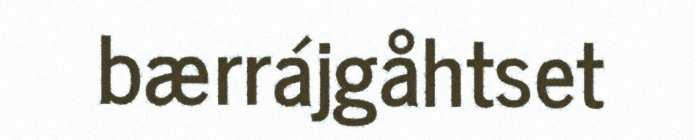
bærrájgåhtset